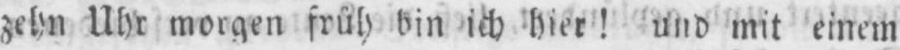
zehn Uhr morgen früh bin ich hier! und mit einem